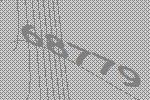
68779